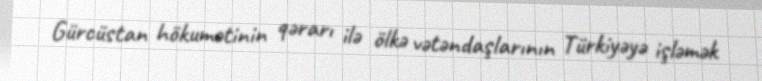
Gürcüstan hökumətinin qərarı ilə ölkə vətəndaşlarının Türkiyəyə işləmək